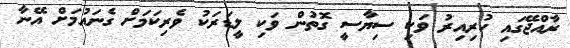
ރާއްޖޭގައި ހުރިއިރު ވަކި ސިޔާސީ ގޮތުން ވަކި ލީޑަރަކު ވެރިކަމަށް ގެނައުމަށް އޭނާ